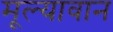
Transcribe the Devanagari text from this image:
मूल्‍यावान